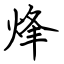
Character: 烽